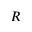
R